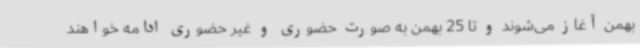
بهمن آغاز می‌شوند و تا 25 بهمن به صورت حضوری و غیر حضوری ادامه خواهند